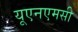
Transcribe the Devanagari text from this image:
यूएनएमसी